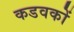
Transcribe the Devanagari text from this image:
कडवकों